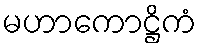
မဟာကောဋ္ဌိကံ